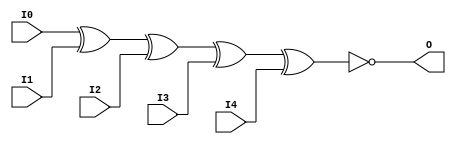
module XNOR5 (O, I0, I1, I2, I3, I4);

    output O;

    input  I0, I1, I2, I3, I4;

	xnor X1 (O, I0, I1, I2, I3, I4);


endmodule